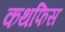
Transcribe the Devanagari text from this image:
कथफिस